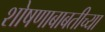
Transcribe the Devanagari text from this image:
शोषणाबाबतीच्या